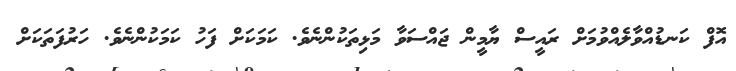
އޮފް ކަނޑުއްވާލެއްވުމަށް ރައީސް ޔާމީން ޖައްސަވާ މަޅިތަކުންނެވެ. ކަމަކަށް ފަހު ކަމަކުންނެވެ. ހަރުފަތަކަށް